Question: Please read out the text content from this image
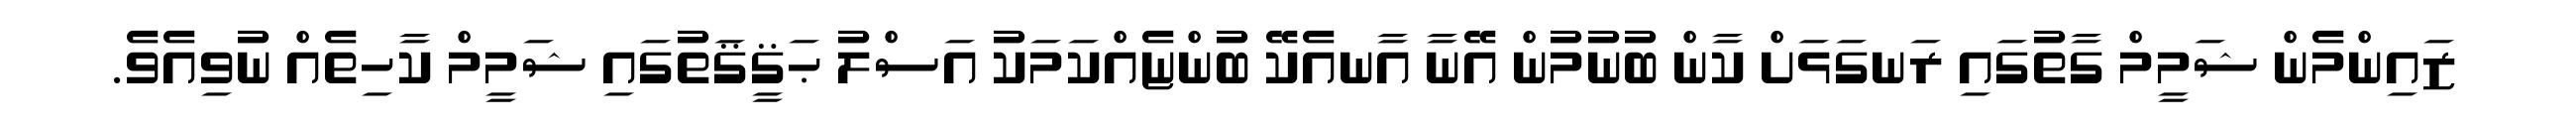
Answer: ޒައިންމެން ޝަމީމް ގާތުގައި ރަނގަޅަށް ކާން ބުނުމުން އޭނާ އާނއެކޭ ބުންޏެއްކަމަކު އަސްލު ޙަޤީޤަތުގައި ޝަމީމް ކާހިތެއް ނުވިއެވެ.